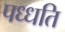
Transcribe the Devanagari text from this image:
पध्धति